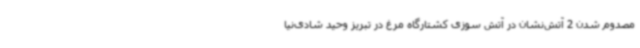
مصدوم شدن 2 آتش‌نشان در آتش سوزی کشتارگاه مرغ در تبریز وحید شادی‌نیا